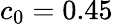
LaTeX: c_{0}=0.45